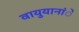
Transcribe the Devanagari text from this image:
वायुयानांे